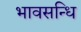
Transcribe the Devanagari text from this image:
भावसन्धि